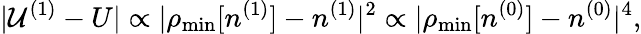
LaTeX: \vert{\cal U}^{(1)}-U\vert\propto\vert\rho_{\mathrm{min}}[n^{(1)}]-n^{(1)}\vert^{2}\propto\vert\rho_{\mathrm{min}}[n^{(0)}]-n^{(0)}\vert^{4},